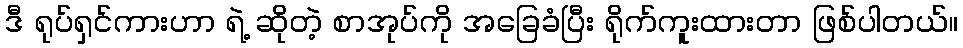
ဒီ ရုပ်ရှင်ကားဟာ ရဲ့ ဆိုတဲ့ စာအုပ်ကို အခြေခံပြီး ရိုက်ကူးထားတာ ဖြစ်ပါတယ်။